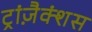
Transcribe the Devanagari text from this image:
ट्रांज़ैक्शंस